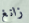
زانغ